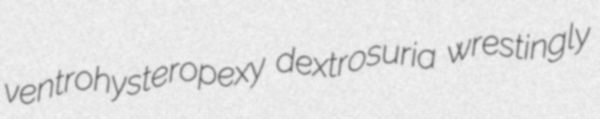
ventrohysteropexy dextrosuria wrestingly